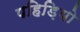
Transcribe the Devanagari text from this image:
पहिड़ियो